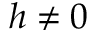
h \neq 0